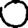
Digit: 0